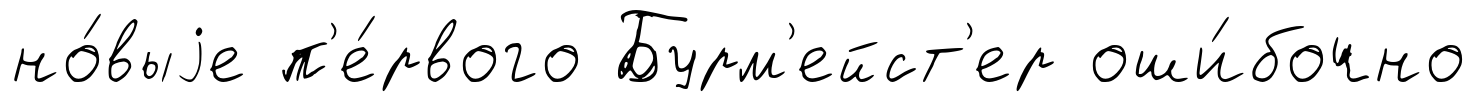
но́выjе п'е́рвого Бурм'ейст'ер оши́бочно